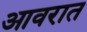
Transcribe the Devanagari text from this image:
आवरात